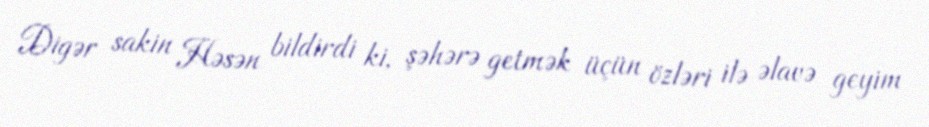
Digər sakin Həsən bildirdi ki, şəhərə getmək üçün özləri ilə əlavə geyim